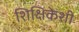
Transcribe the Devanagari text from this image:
शिक्षिकेशी